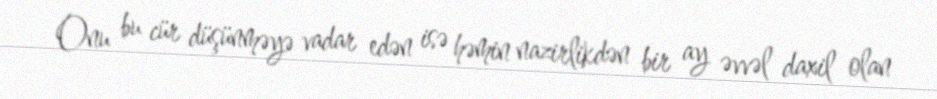
Onu bu cür düşünməyə vadar edən isə həmin nazirlikdən bir ay əvvəl daxil olan